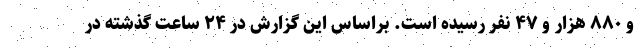
و ۸۸۰ هزار و ۴۷ نفر رسیده است. براساس این گزارش در ۲۴ ساعت گذشته در